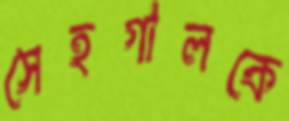
সেহগালকে